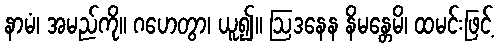
နာမံ၊ အမည်ကို။ ဂဟေတွာ၊ ယူ၍။ ဩဒနေန နိမန္တေမိ၊ ထမင်းဖြင့်